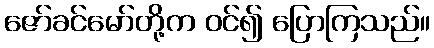
ဇော်ခင်မော်တို့က ဝင်၍ ပြောကြသည်။